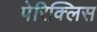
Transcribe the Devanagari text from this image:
पेरिक्लिस